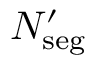
N _ { \mathrm { s e g } } ^ { \prime }